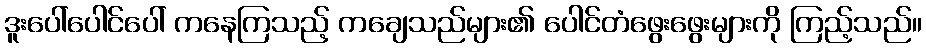
ဒူးပေါ်ပေါင်ပေါ် ကနေကြသည့် ကချေသည်များ၏ ပေါင်တံဖွေးဖွေးများကို ကြည့်သည်။